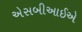
એસબીઆઈએ